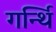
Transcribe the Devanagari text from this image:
गर्न्थि